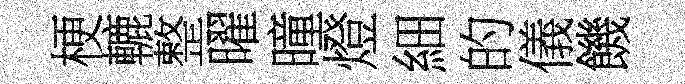
梗轆整曜曈燈細的儀饑